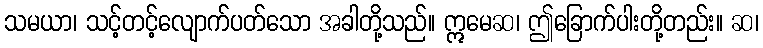
သမယာ၊ သင့်တင့်လျောက်ပတ်သော အခါတို့သည်။ ဣမေဆ၊ ဤခြောက်ပါးတို့တည်း။ ဆ၊